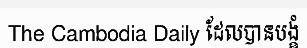
The Cambodia Daily ដែលបានបង្ខំ